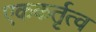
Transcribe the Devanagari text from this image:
एककर्तृत्व